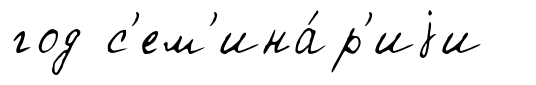
год с'ем'ина́р'иjи